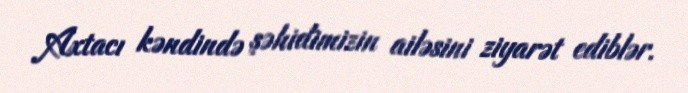
Axtacı kəndində şəhidimizin ailəsini ziyarət ediblər.